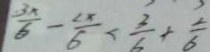
\frac { 3 x } { 6 } - \frac { 2 x } { 6 } < \frac { 3 } { 5 } + \frac { 2 } { 6 }